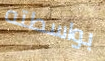
بواسطته